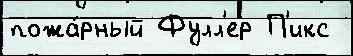
пожа́рный Фулл'ер П'икс